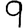
Digit: 9